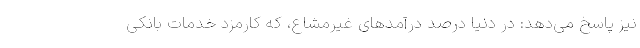
نیز پاسخ می‌دهد: در دنیا درصد درآمدهای غیرمشاع، که کارمزد خدمات بانکی